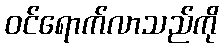
ဝင်ရောက်လာသည်ကို